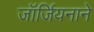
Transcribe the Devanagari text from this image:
जॉर्जियनाने